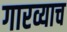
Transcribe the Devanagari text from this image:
गारव्याच